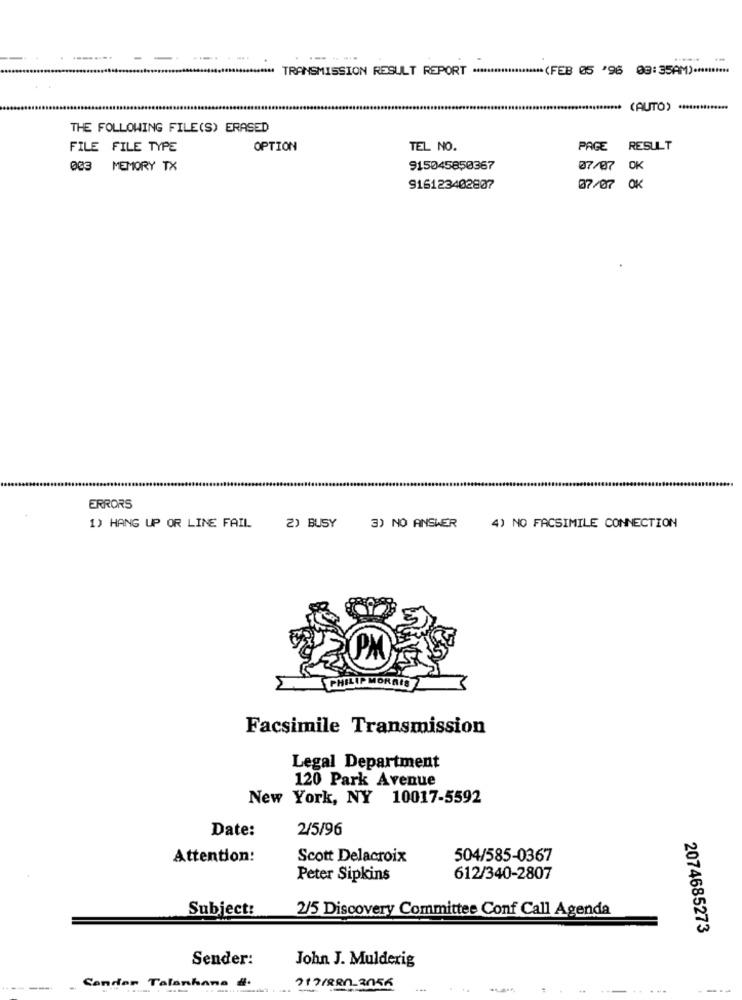
------
......
TRANSMISSION RESULT REPORT ******************** (FEB 05 '96 03:35AM) **********
(AUTO) **************
THE FOLLOWING FILE(S) ERASED
FILE FILE TYPE
OPTION
TEL NO.
PAGE
RESULT
003 MEMORY TX
915045850367
07/07 OK
916123402807
07/07 OK
ERRORS
3) NO ANSWER
1) HANG UP OR LINE FAIL
2) BUSY
4) NO FACSIMILE CONNECTION
Facsimile Transmission
Legal Department
120 Park Avenue
New York, NY 10017-5592
Date:
2/5/96
Attention:
Scott Delacroix
504/585-0367
Peter Sipkins
612/340-2807
Subject:
2/5 Discovery Committee Conf Call Agenda
2074685273
Sender:
John J. Mulderig
Sander Talanhana
---
7171880-2056
---
----